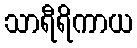
သာရီရိကာယ